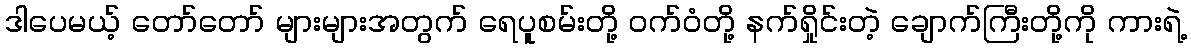
ဒါပေမယ့် တော်တော် များများအတွက် ရေပူစမ်းတို့ ဝက်ဝံတို့ နက်ရှိုင်းတဲ့ ချောက်ကြီးတို့ကို ကားရဲ့